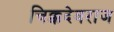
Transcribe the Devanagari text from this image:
चिक्कदेवराज